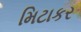
મિટાકર